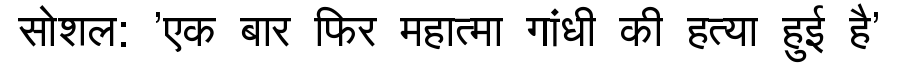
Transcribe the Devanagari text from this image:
सोशल: 'एक बार फिर महात्मा गांधी की हत्या हुई है'